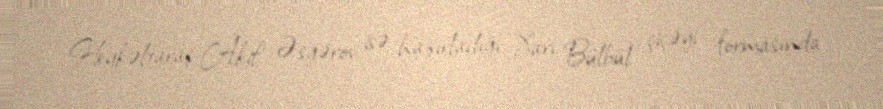
Heykəltaraş Akif Əsgərov isə hazırladığı Xarı Bülbül çiçəyi formasında